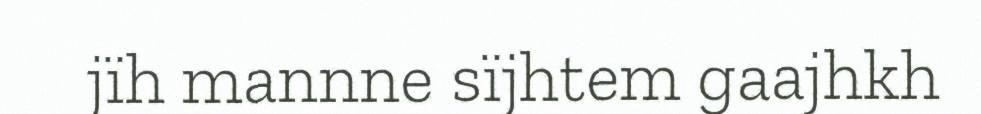
jïh mannne sïjhtem gaajhkh